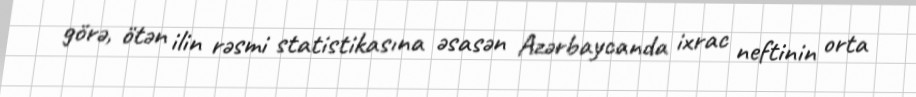
görə, ötən ilin rəsmi statistikasına əsasən Azərbaycanda ixrac neftinin orta